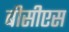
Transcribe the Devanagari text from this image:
बीसीएस